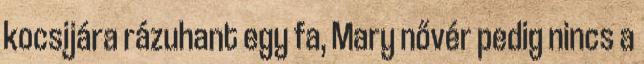
kocsijára rázuhant egy fa, Mary nővér pedig nincs a